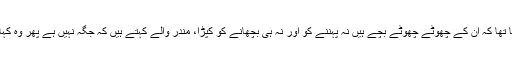
ان کا کہنا تھا کہ ان کے چھوٹے چھوٹے بچے ہیں نہ پہننے کو اور نہ ہی بچھانے کو کپڑا، مندر والے کہتے ہیں کہ جگہ نہیں ہے پھر وہ کہاں جائیں؟